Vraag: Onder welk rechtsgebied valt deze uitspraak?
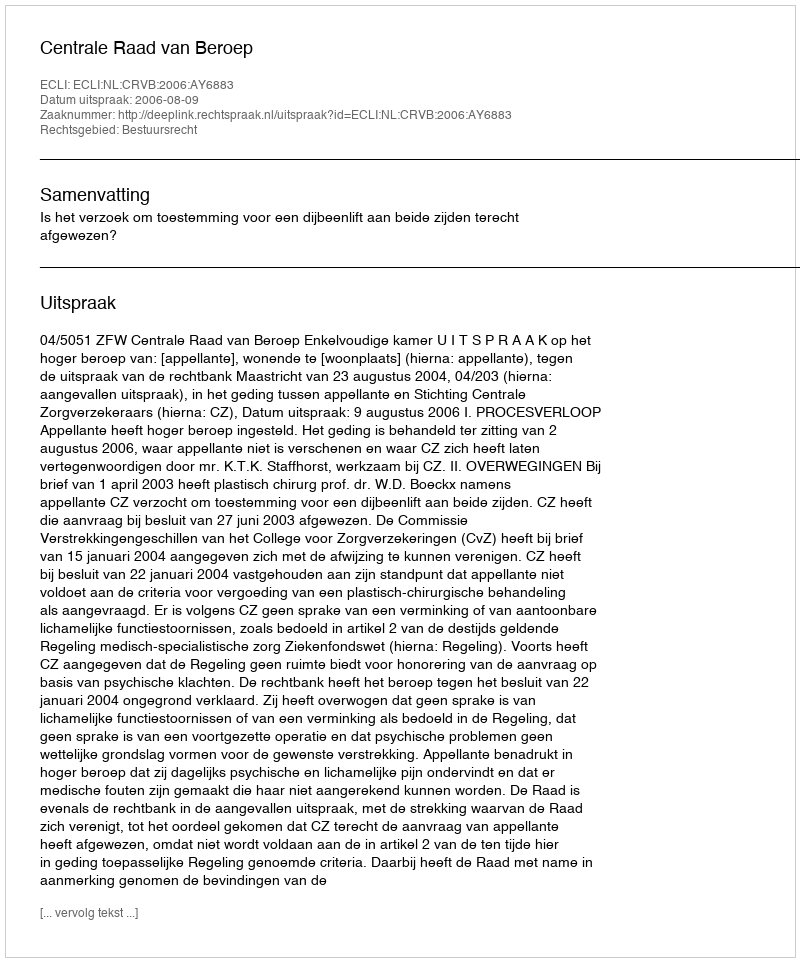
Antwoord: Bestuursrecht